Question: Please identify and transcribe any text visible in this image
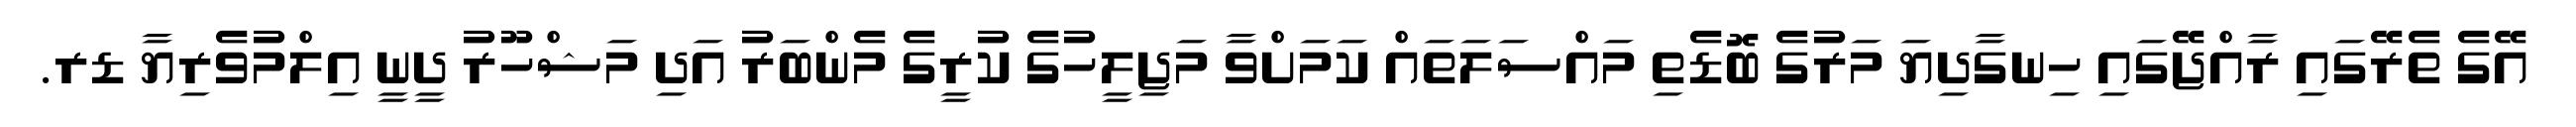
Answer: އޭގެ ތެރޭގައި ރާއްޖޭގައި ހިނގާދިޔަ މަރުގެ ބޮޑެތި މައްސަލަތައް ކަމަށްވާ މަޖިލީހުގެ ކުރީގެ މެންބަރު އަދި މަޝްހޫރު ދީނީ އިލްމުވެރިޔާ ޑރ.